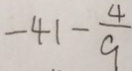
- 4 1 - \frac { 4 } { 9 }